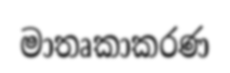
මාතෘකාකරණ